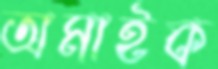
অমাইক